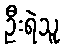
ဦးရဲသူ